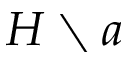
H \setminus a